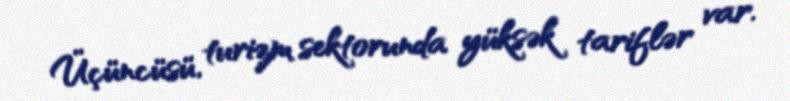
Üçüncüsü, turizm sektorunda yüksək tariflər var.